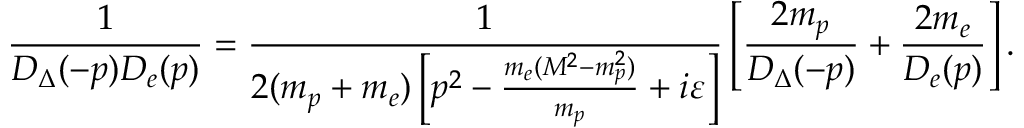
\frac { 1 } { D _ { \Delta } ( - p ) D _ { e } ( p ) } = \frac { 1 } { 2 ( m _ { p } + m _ { e } ) \left[ p ^ { 2 } - \frac { m _ { e } ( M ^ { 2 } - m _ { p } ^ { 2 } ) } { m _ { p } } + i \varepsilon \right] } \left[ \frac { 2 m _ { p } } { D _ { \Delta } ( - p ) } + \frac { 2 m _ { e } } { D _ { e } ( p ) } \right] .